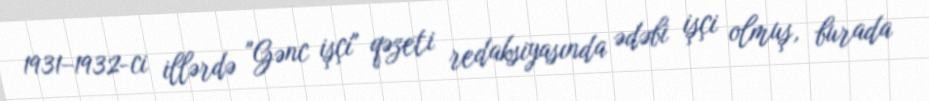
1931–1932-ci illərdə "Gənc işçi" qəzeti redaksiyasında ədəbi işçi olmuş, burada